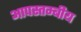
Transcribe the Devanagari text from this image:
आपस्तम्बीय